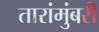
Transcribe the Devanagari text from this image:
तारांमुंबरी